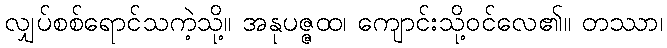
လျှပ်စစ်ရောင်သကဲ့သို့။ အနုပဇ္ဇထ၊ ကျောင်းသို့ဝင်လေ၏။ တဿာ၊